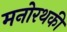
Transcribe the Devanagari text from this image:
मनोरथकी